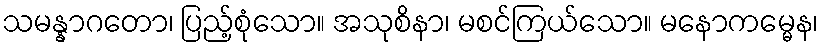
သမန္နာဂတော၊ ပြည့်စုံသော။ အသုစိနာ၊ မစင်ကြယ်သော။ မနောကမ္မေန၊